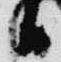
日